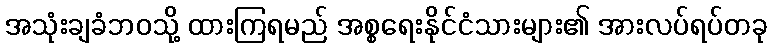
အသုံးချခံဘဝသို့ ထားကြရမည် အစ္စရေးနိုင်ငံသားများ၏ အားလပ်ရပ်တခု